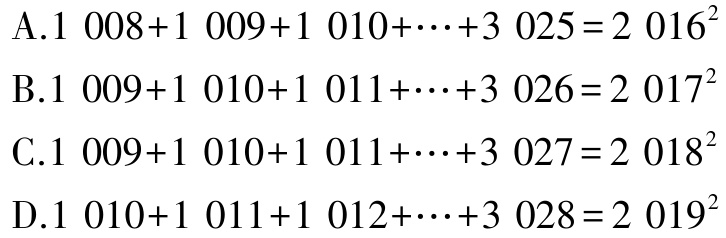
A.$1\ 008 + 1\ 009 + 1\ 010+\cdots+3\ 025 = 2\ 016^{2}$

B.$1\ 009 + 1\ 010 + 1\ 011+\cdots+3\ 026 = 2\ 017^{2}$

C.$1\ 009 + 1\ 010 + 1\ 011+\cdots+3\ 027 = 2\ 018^{2}$

D.$1\ 010 + 1\ 011 + 1\ 012+\cdots+3\ 028 = 2\ 019^{2}$